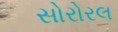
સોરોરલ